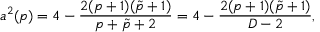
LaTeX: a ^ { 2 } ( p ) = 4 - { \frac { 2 ( p + 1 ) ( \tilde { p } + 1 ) } { p + \tilde { p } + 2 } } = 4 - { \frac { 2 ( p + 1 ) ( \tilde { p } + 1 ) } { D - 2 } } ,